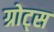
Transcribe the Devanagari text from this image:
ग्रोट्स